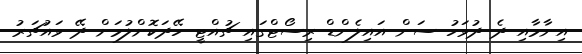
އިނާމާއި ދެ ދުވަހު ސަން އައިލެންޑް ރިސޯޓްގައި ޗުއްޓީ ހޭދަކޮށްލުމަށް ދޭ ވައުޗަރު